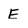
Character: E